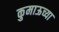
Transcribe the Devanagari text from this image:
कुमाऊच्या